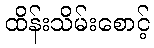
ထိန်းသိမ်းစောင့်